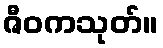
ဇီဝကသုတ်။